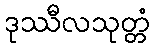
ဒုဿီလသုတ္တံ